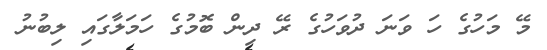
މޭ މަހުގެ ހަ ވަނަ ދުވަހުގެ ރޭ ދިން ބޮމުގެ ހަމަލާގައި ލިބުނު